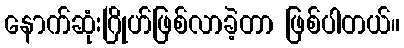
နောက်ဆုံးဂြိုဟ်ဖြစ်လာခဲ့တာ ဖြစ်ပါတယ်။